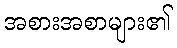
အစားအစာများ၏